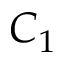
C _ { 1 }